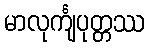
မာလုင်္ကျပုတ္တဿ